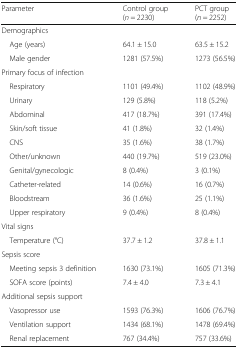
| Parameter | Control group (n = 2230) | PCT group (n = 2252) |
 | --- | --- | --- |
 | <COLSPAN=3> Demographics |
 | Age (years) | 64.1 ± 15.0 | 63.5 ± 15.2 |
 | Male gender | 1281 (57.5%) | 1273 (56.5%) |
 | <COLSPAN=3> Primary focus of infection |
 | Respiratory | 1101 (49.4%) | 1102 (48.9%) |
 | Urinary | 129 (5.8%) | 118 (5.2%) |
 | Abdominal | 417 (18.7%) | 391 (17.4%) |
 | Skin/soft tissue | 41 (1.8%) | 32 (1.4%) |
 | CNS | 35 (1.6%) | 38 (1.7%) |
 | Other/unknown | 440 (19.7%) | 519 (23.0%) |
 | Genital/gynecologic | 8 (0.4%) | 3 (0.1%) |
 | Catheter-related | 14 (0.6%) | 16 (0.7%) |
 | Bloodstream | 36 (1.6%) | 25 (1.1%) |
 | Upper respiratory | 9 (0.4%) | 8 (0.4%) |
 | <COLSPAN=3> Vital signs |
 | Temperature (°C) | 37.7 ± 1.2 | 37.8 ± 1.1 |
 | <COLSPAN=3> Sepsis score |
 | Meeting sepsis 3 definition | 1630 (73.1%) | 1605 (71.3%) |
 | SOFA score (points) | 7.4 ± 4.0 | 7.3 ± 4.1 |
 | <COLSPAN=3> Additional sepsis support |
 | Vasopressor use | 1593 (76.3%) | 1606 (76.7%) |
 | Ventilation support | 1434 (68.1%) | 1478 (69.4%) |
 | Renal replacement | 767 (34.4%) | 757 (33.6%) |